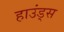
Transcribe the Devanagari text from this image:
हाउंड्स